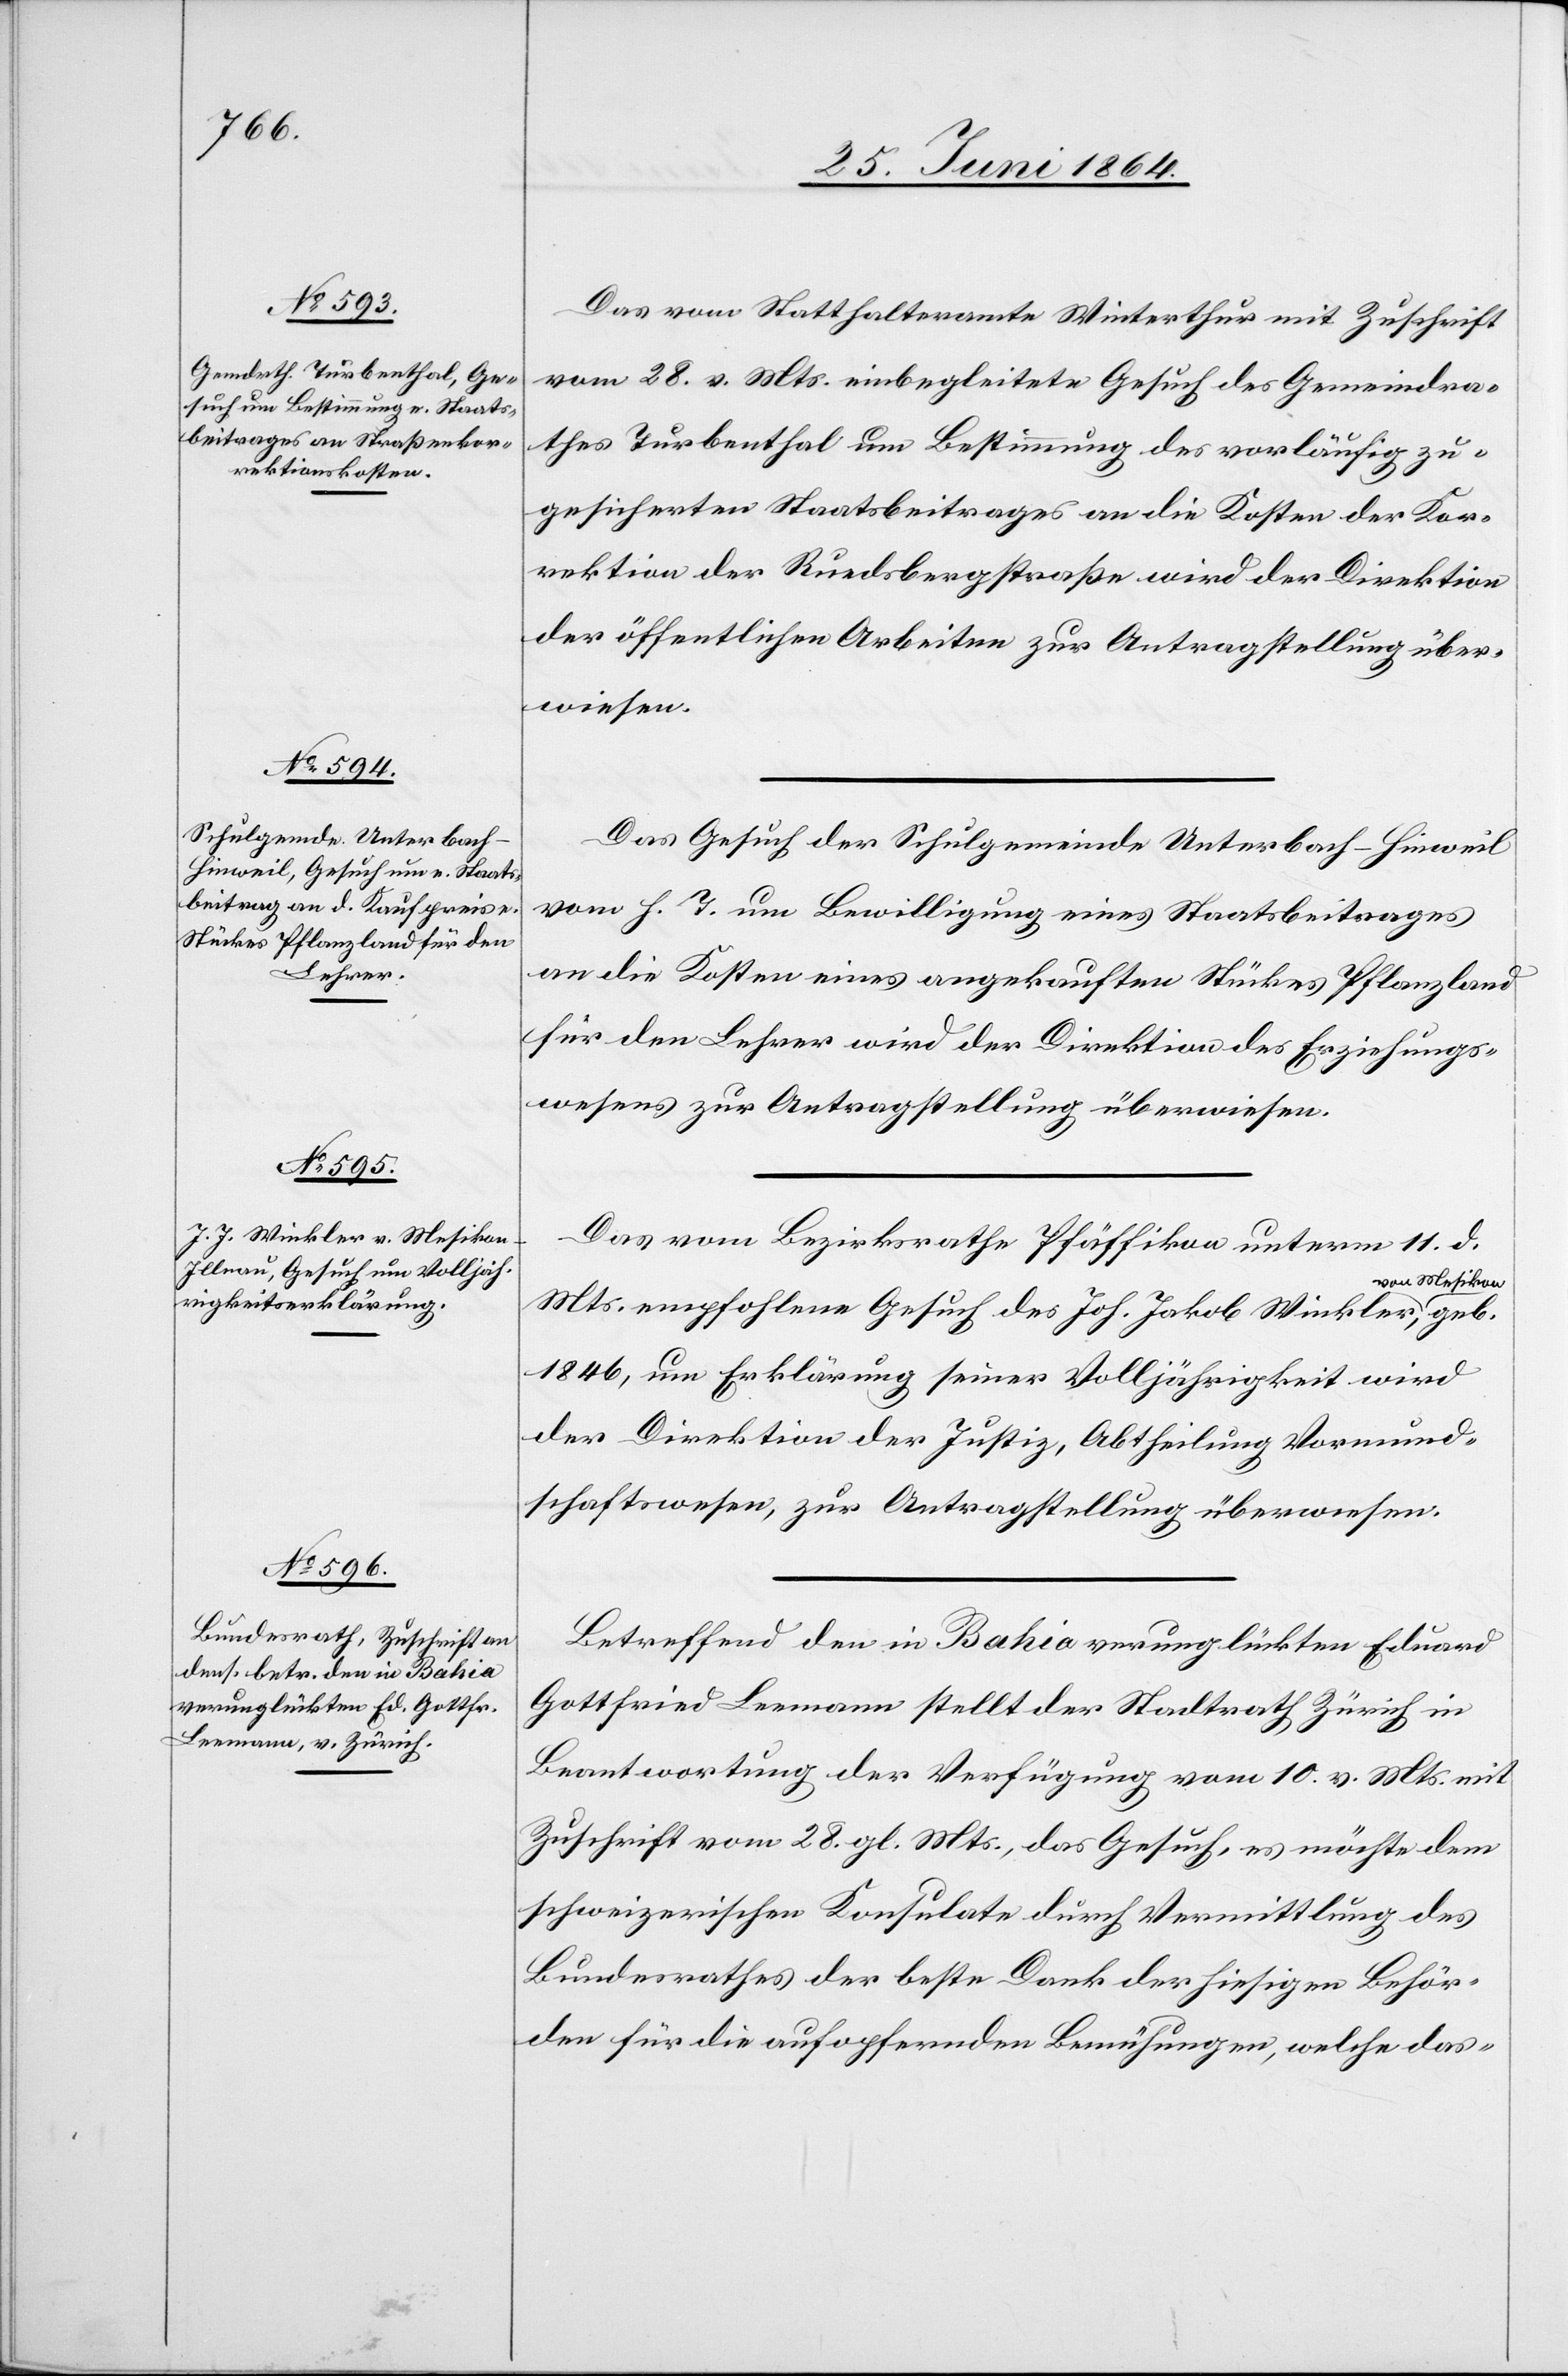
1864.]

Das vom Statthalteramte Winterthur mit Zuschrift
vom 28. v. Mts. einbegleitete Gesuch des Gemeindra¬
thes Turbenthal um Bestimmung des vorläufig zu¬
gesicherten Staatsbeitrages an die Kosten der Kor¬
rektion der Ruedsbergstraße wird der Direktion
der öffentlichen Arbeiten zur Antragstellung über¬
wiesen.
Das Gesuch der Schulgemeinde Unterbach-Hinweil
vom h. T. um Bewilligung eines Staatsbeitrages
an die Kosten eines angekauften Stückes Pflanzland
für den Lehrer wird der Direktion des Erziehungs¬
wesens zur Antragstellung überwiesen.
Das vom Bezirksrathe Pfäffikon unterm 11. d.
Mts. empfohlene Gesuch des Joh. Jakob Winkler, von
1846, um Erklärung seiner Volljährigkeit wird
der Direktion der Justiz, Abtheilung Vormund¬
schaftswesen, zur Antragstellung überwiesen.
Betreffend den in Bahia verunglückten Eduard
Gottfried Leemann stellt der Stadtrath Zürich in
Beantwortung der Verfügung vom 10. v. Mts. mit
Zuschrift vom 28. gl. Mts., das Gesuch, es möchte dem
schweizerischen Konsulate durch Vermittlung des
Bundesrathes der beste Dank der hiesigen Behör¬
den für die aufopfernden Bemühungen, welche das-